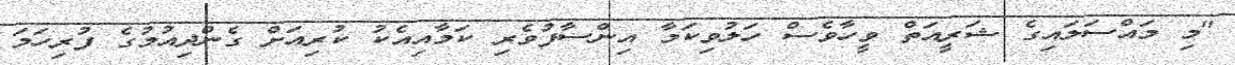
"މި މައްސަލައިގެ ޝަރީއަތް ވީހާވެސް ހަލުވިކަމާ އިންސާފުވެރި ކަމާއިއެކު ކުރިއަށް ގެންދިއުމުގެ ފުރިހަމަ